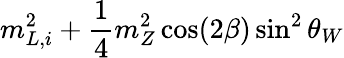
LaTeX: m_{L,i}^{2}+\frac{1}{4}m_{Z}^{2}\cos(2\beta)\sin^{2}\theta_{W}